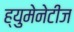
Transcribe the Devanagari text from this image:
ह्युमेनेटीज